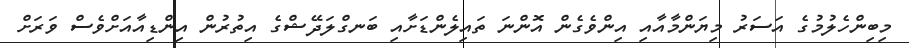
މިބިންހެލުމުގެ އަސަރު މިޔަންމާއާއި އިންވެގެން އޮންނަ ތައިލެންޑަށާއި ބަނގްލަދޭޝްގެ އިތުރުން އިންޑިއާއަށްވެސް ވަރަށް